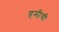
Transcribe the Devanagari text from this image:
हमीची